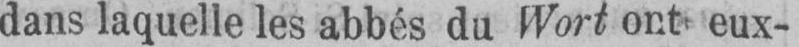
dans laquelle les abbés du Wort ont eux-